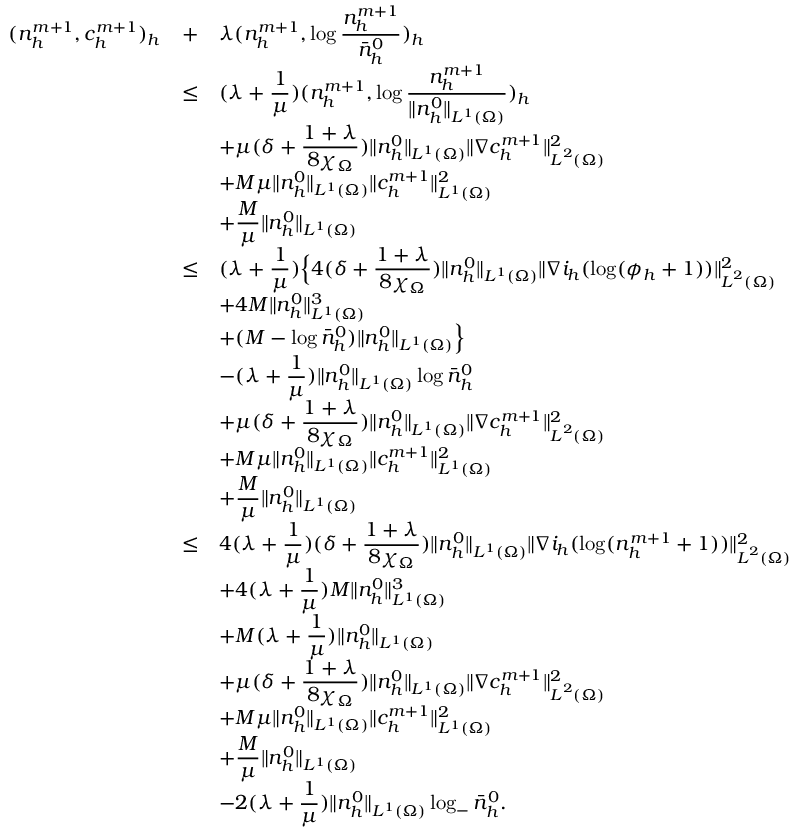
\begin{array} { r c l } { ( n _ { h } ^ { m + 1 } , c _ { h } ^ { m + 1 } ) _ { h } } & { + } & { \displaystyle \lambda ( n _ { h } ^ { m + 1 } , \log \frac { n _ { h } ^ { m + 1 } } { \bar { n } _ { h } ^ { 0 } } ) _ { h } } \\ & { \le } & { \displaystyle ( \lambda + \frac { 1 } { \mu } ) ( n _ { h } ^ { m + 1 } , \log \frac { n _ { h } ^ { m + 1 } } { \| n _ { h } ^ { 0 } \| _ { L ^ { 1 } ( \Omega ) } } ) _ { h } } \\ & & { \displaystyle + \mu ( \delta + \frac { 1 + \lambda } { 8 \chi _ { \Omega } } ) \| n _ { h } ^ { 0 } \| _ { L ^ { 1 } ( \Omega ) } \| \nabla c _ { h } ^ { m + 1 } \| _ { { \boldsymbol L } ^ { 2 } ( \Omega ) } ^ { 2 } } \\ & & { \displaystyle + M \mu \| n _ { h } ^ { 0 } \| _ { L ^ { 1 } ( \Omega ) } \| c _ { h } ^ { m + 1 } \| _ { L ^ { 1 } ( \Omega ) } ^ { 2 } } \\ & & { \displaystyle + \frac { M } { \mu } \| n _ { h } ^ { 0 } \| _ { L ^ { 1 } ( \Omega ) } } \\ & { \le } & { \displaystyle ( \lambda + \frac { 1 } { \mu } ) \Big \{ 4 ( \delta + \frac { 1 + \lambda } { 8 \chi _ { \Omega } } ) \| n _ { h } ^ { 0 } \| _ { L ^ { 1 } ( \Omega ) } \| \nabla i _ { h } ( \log ( \phi _ { h } + 1 ) ) \| _ { { \boldsymbol L } ^ { 2 } ( \Omega ) } ^ { 2 } } \\ & & { + 4 M \| n _ { h } ^ { 0 } \| _ { L ^ { 1 } ( \Omega ) } ^ { 3 } } \\ & & { + ( M - \log \bar { n } _ { h } ^ { 0 } ) \| n _ { h } ^ { 0 } \| _ { L ^ { 1 } ( \Omega ) } \Big \} } \\ & & { \displaystyle - ( \lambda + \frac { 1 } { \mu } ) \| n _ { h } ^ { 0 } \| _ { L ^ { 1 } ( \Omega ) } \log \bar { n } _ { h } ^ { 0 } } \\ & & { \displaystyle + \mu ( \delta + \frac { 1 + \lambda } { 8 \chi _ { \Omega } } ) \| n _ { h } ^ { 0 } \| _ { L ^ { 1 } ( \Omega ) } \| \nabla c _ { h } ^ { m + 1 } \| _ { { \boldsymbol L } ^ { 2 } ( \Omega ) } ^ { 2 } } \\ & & { \displaystyle + M \mu \| n _ { h } ^ { 0 } \| _ { L ^ { 1 } ( \Omega ) } \| c _ { h } ^ { m + 1 } \| _ { L ^ { 1 } ( \Omega ) } ^ { 2 } } \\ & & { \displaystyle + \frac { M } { \mu } \| n _ { h } ^ { 0 } \| _ { L ^ { 1 } ( \Omega ) } } \\ & { \le } & { \displaystyle 4 ( \lambda + \frac { 1 } { \mu } ) ( \delta + \frac { 1 + \lambda } { 8 \chi _ { \Omega } } ) \| n _ { h } ^ { 0 } \| _ { L ^ { 1 } ( \Omega ) } \| \nabla i _ { h } ( \log ( n _ { h } ^ { m + 1 } + 1 ) ) \| _ { { \boldsymbol L } ^ { 2 } ( \Omega ) } ^ { 2 } } \\ & & { \displaystyle + 4 ( \lambda + \frac { 1 } { \mu } ) M \| n _ { h } ^ { 0 } \| _ { L ^ { 1 } ( \Omega ) } ^ { 3 } } \\ & & { \displaystyle + M ( \lambda + \frac { 1 } { \mu } ) \| n _ { h } ^ { 0 } \| _ { L ^ { 1 } ( \Omega ) } } \\ & & { \displaystyle + \mu ( \delta + \frac { 1 + \lambda } { 8 \chi _ { \Omega } } ) \| n _ { h } ^ { 0 } \| _ { L ^ { 1 } ( \Omega ) } \| \nabla c _ { h } ^ { m + 1 } \| _ { { \boldsymbol L } ^ { 2 } ( \Omega ) } ^ { 2 } } \\ & & { \displaystyle + M \mu \| n _ { h } ^ { 0 } \| _ { L ^ { 1 } ( \Omega ) } \| c _ { h } ^ { m + 1 } \| _ { L ^ { 1 } ( \Omega ) } ^ { 2 } } \\ & & { \displaystyle + \frac { M } { \mu } \| n _ { h } ^ { 0 } \| _ { L ^ { 1 } ( \Omega ) } } \\ & & { \displaystyle - 2 ( \lambda + \frac { 1 } { \mu } ) \| n _ { h } ^ { 0 } \| _ { L ^ { 1 } ( \Omega ) } \log _ { - } \bar { n } _ { h } ^ { 0 } . } \end{array}